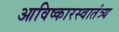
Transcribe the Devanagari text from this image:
आविष्कारस्वातंत्र्य